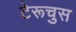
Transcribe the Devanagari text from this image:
टेरूचुस